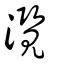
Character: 灠